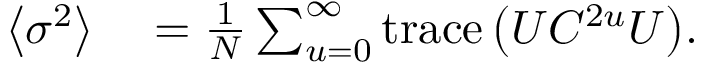
\begin{array} { r l } { \left\langle \sigma ^ { 2 } \right\rangle } & { { } = \frac { 1 } { N } \sum _ { u = 0 } ^ { \infty } { \mathrm { t r a c e } \left( U C ^ { 2 u } U \right) } . } \end{array}